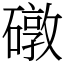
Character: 礅